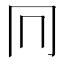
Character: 𠔽